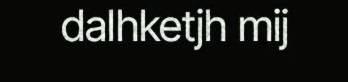
dalhketjh mij